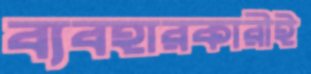
ব্যবহারকারীই